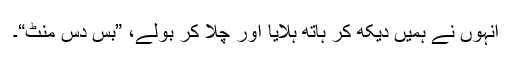
انہوں نے ہمیں دیکھ کر ہاتھ ہلایا اور چلا کر بولے، ”بس دس منٹ“۔